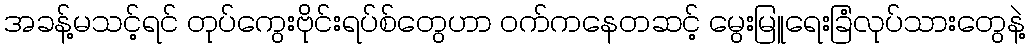
အခန့်မသင့်ရင် တုပ်ကွေးဗိုင်းရပ်စ်တွေဟာ ဝက်ကနေတဆင့် မွေးမြူရေးခြံလုပ်သားတွေနဲ့